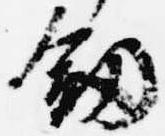
剣